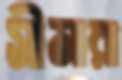
সীমারা